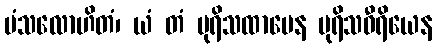
မံသလောဟိတံ၊ ယံ တံ ပုရိသထာမေန ပုရိသဝီရိယေန